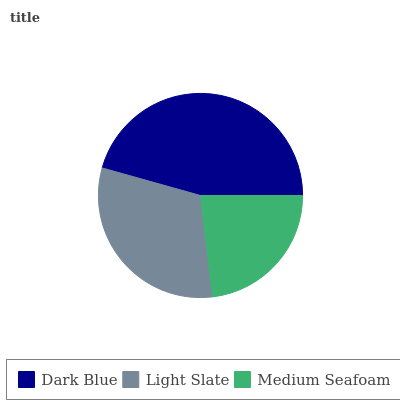
| Dark Blue | Light Slate | Medium Seafoam |
 | --- | --- | --- |
 | 45.7% | 31.2% | 23.1% |